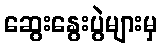
ဆွေးနွေးပွဲများမှ